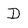
Character: D